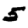
Digit: 5